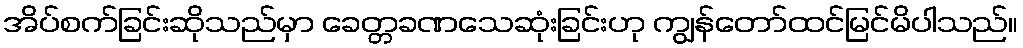
အိပ်စက်ခြင်းဆိုသည်မှာ ခေတ္တခဏသေဆုံးခြင်းဟု ကျွန်တော်ထင်မြင်မိပါသည်။